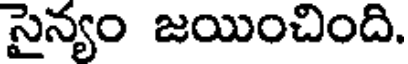
సైన్యం జయించింది.